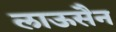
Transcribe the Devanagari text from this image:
लाऊसैन